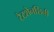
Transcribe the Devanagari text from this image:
टैटशेनशिनी